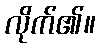
လိုက်၏။